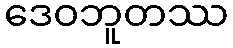
ဒေဝဘူတဿ